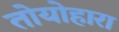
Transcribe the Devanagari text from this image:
तोयोहारा